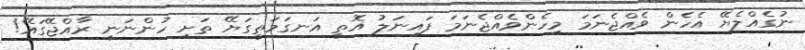
ނުގެއްލެޔޭ އެހެން ވެއްޖެނަމަ މިހެންވެއްޖެނަމަ ފައިނަލު އޮތީ އަނގަމަތީގަޔޭ ތަށި ހުންނަނީ ރާއްޖޭގައޭ!